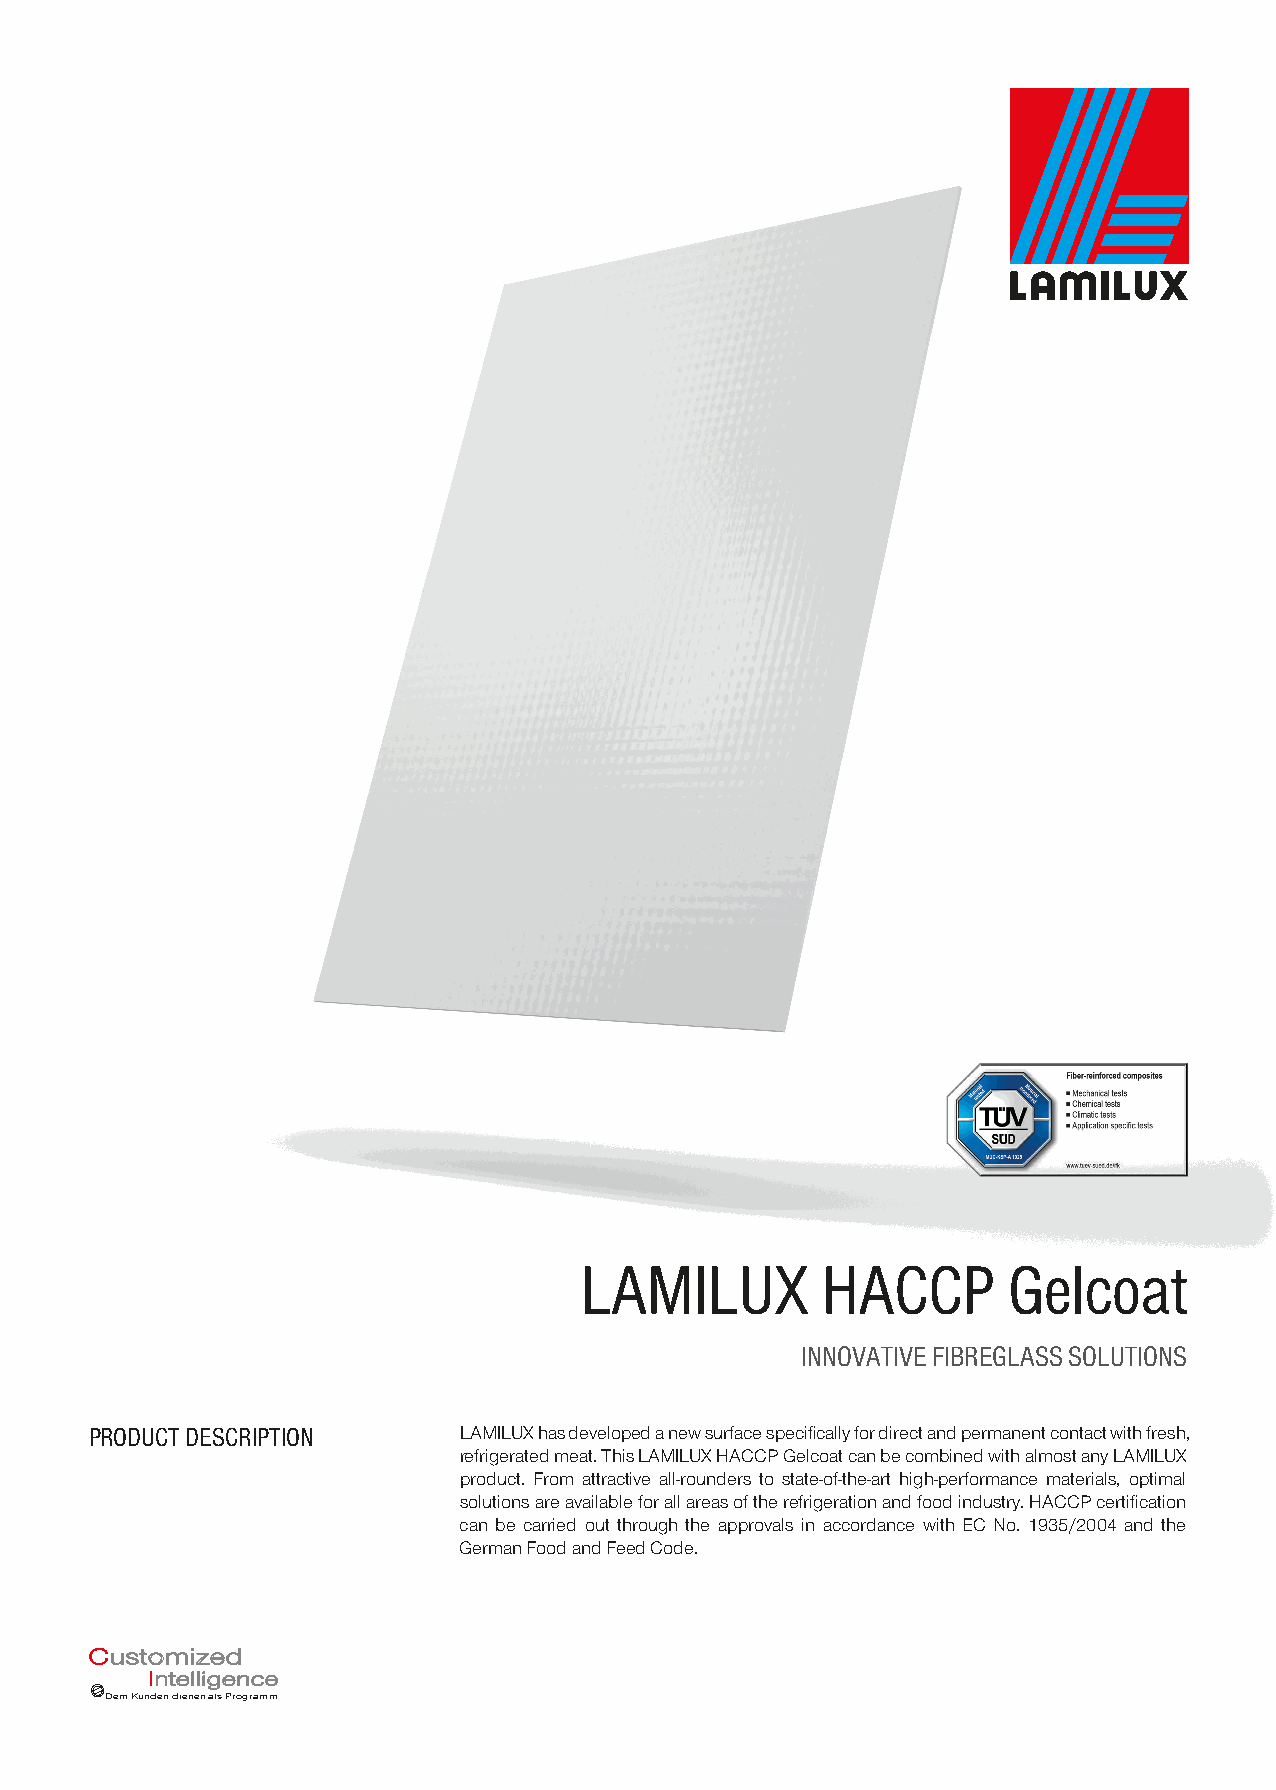
LAMILUX         HACCP        Gelcoat
 INNOVATIVE FIBREGLASS SOLUTIONS
 PRODUCT DESCRIPTION     LAMILUX has developed a new surface specifi cally for direct and permanent contact with fresh,
 refrigerated meat. This LAMILUX HACCP Gelcoat can be combined with almost any LAMILUX
 product. From attractive all-rounders to state-of-the-art high-performance materials, optimal
 solutions are available for all areas of the refrigeration and food industry. HACCP certifi cation
 can be carried out through the approvals in accordance with EC No. 1935/2004 and the
 German Food and Feed Code.
 CCuussttoommiizzeedd
 IInntteelllliiggeennccee
 Dem Kunden dienen als Programm